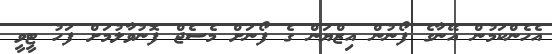
އެހެންކަމުން އޭނާގެ ފޯނުން އިޒްޔަން ގެ ފޯނަށް މެސެޖް ފޮނުވާލުމަށް ފަހު ޓީވީ